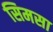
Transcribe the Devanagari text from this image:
सिमसा